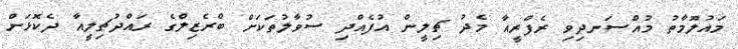
މައުލޫމާތު މުއްސަނދިވި ރެފްރީއާ މެދު ޗިލީން އުފެއްދި ސުވާލުތަކަށް ބްރެޒިލްގެ ރައްދުޗިލީއާ ދެކޮޅަށް